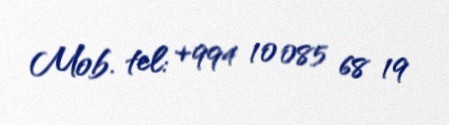
Mob. tel: +994 10 085 68 19